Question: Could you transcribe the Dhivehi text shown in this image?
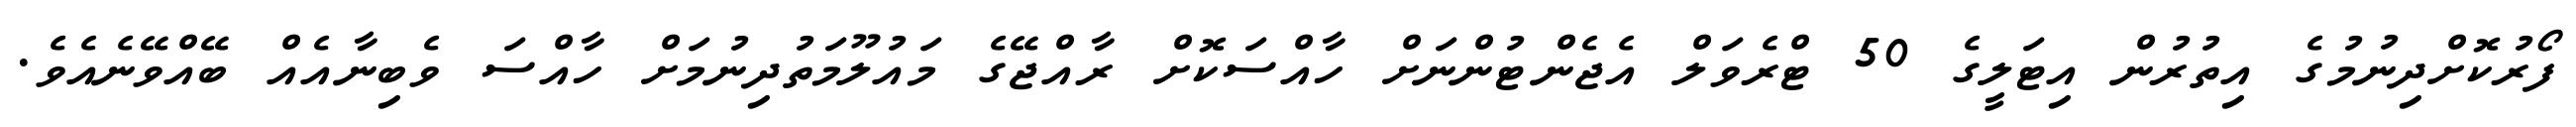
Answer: ފޯރުކޮށްދިނުމުގެ އިތުރުން އިޓަލީގެ 50 ޓްރެވަލް އެޖެންޓުންނަށް ހާއްސަކޮށް ރާއްޖޭގެ މައުލޫމަތުދިނުމަށް ހާއްސަ ވެބިނާއެއް ބޭއްވޭނެއެވެ.